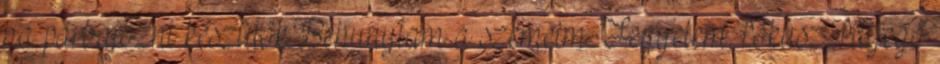
ha párbajozni készülök Behunytam a szemeim. Fegyelem, fókusz, fityegő